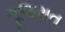
ગૂજરાત